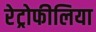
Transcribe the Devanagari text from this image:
रेट्रोफीलिया